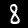
Digit: 8